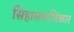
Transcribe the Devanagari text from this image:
सिंहासनाधिकार